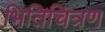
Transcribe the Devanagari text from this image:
भितिचित्रण